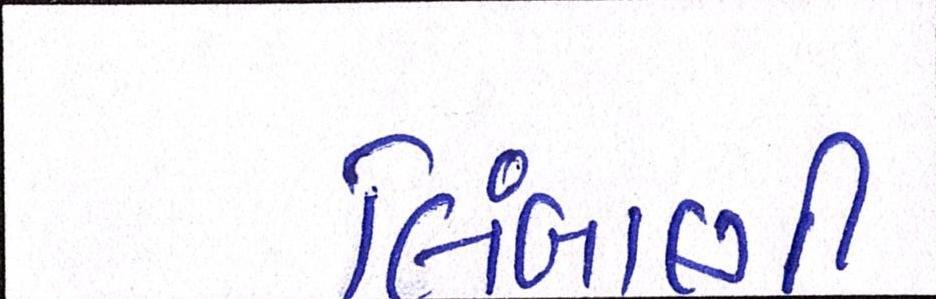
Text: લિંબાણી